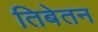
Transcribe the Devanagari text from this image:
तिबेतन